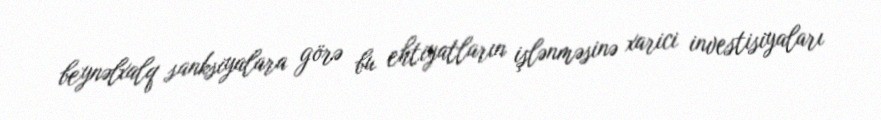
beynəlxalq sanksiyalara görə bu ehtiyatların işlənməsinə xarici investisiyaları